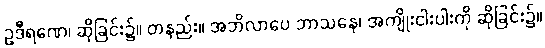
ဥဒီရဏေ၊ ဆိုခြင်း၌။ တနည်း။ အဘိလာပေ ဘာသနေ၊ အကျိုးငါးပါးကို ဆိုခြင်း၌။